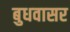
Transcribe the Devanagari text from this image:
बुधवासर